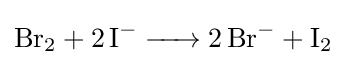
{\ce {Br2 + 2 I- -> 2 Br- + I2}}